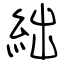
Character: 絀